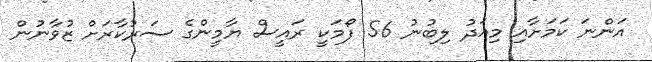
އަންނަ ކަމަށާއި މިއަދު ލިބުނު 56 ފޯމަކީ ރައީސް ޔާމީންގެ ސަރުކާރަށް ޒުވާނުން